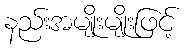
နည်းအမျိုးမျိုးဖြင့်